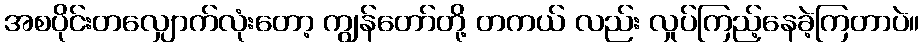
အစပိုင်းတလျှောက်လုံးတော့ ကျွန်တော်တို့ တကယ် လည်း လှုပ်ကြည့်နေခဲ့ကြတာပဲ။